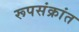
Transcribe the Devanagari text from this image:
रूपसंक्रांत